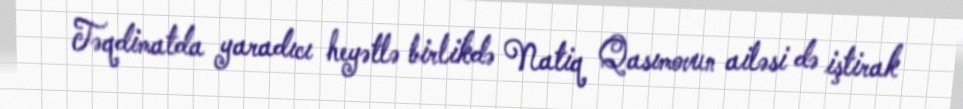
Təqdimatda yaradıcı heyətlə birlikdə Natiq Qasımovun ailəsi də iştirak